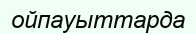
ойпауыттарда